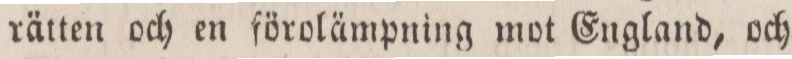
rätten och en förolämpning mot England, och